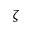
\zeta